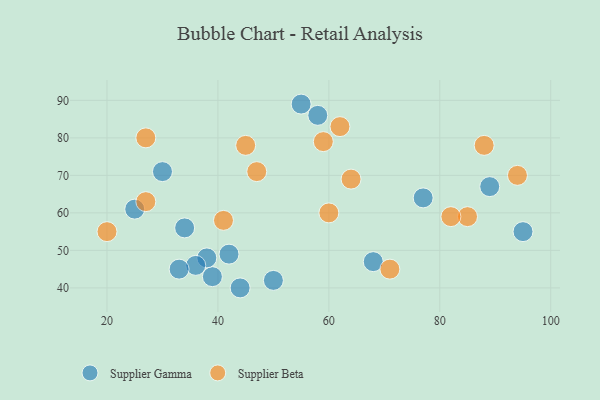
{"axis": {"x": "GDP", "y": "Life Expectancy"}, "legend": ["Supplier Beta", "Supplier Gamma"], "data": [{"x": "39", "y": 43, "type": "Supplier Gamma"}, {"x": "89", "y": 67, "type": "Supplier Gamma"}, {"x": "38", "y": 48, "type": "Supplier Gamma"}, {"x": "55", "y": 89, "type": "Supplier Gamma"}, {"x": "44", "y": 40, "type": "Supplier Gamma"}, {"x": "95", "y": 55, "type": "Supplier Gamma"}, {"x": "34", "y": 56, "type": "Supplier Gamma"}, {"x": "68", "y": 47, "type": "Supplier Gamma"}, {"x": "42", "y": 49, "type": "Supplier Gamma"}, {"x": "30", "y": 71, "type": "Supplier Gamma"}, {"x": "36", "y": 46, "type": "Supplier Gamma"}, {"x": "50", "y": 42, "type": "Supplier Gamma"}, {"x": "77", "y": 64, "type": "Supplier Gamma"}, {"x": "25", "y": 61, "type": "Supplier Gamma"}, {"x": "58", "y": 86, "type": "Supplier Gamma"}, {"x": "33", "y": 45, "type": "Supplier Gamma"}, {"x": "85", "y": 59, "type": "Supplier Beta"}, {"x": "27", "y": 80, "type": "Supplier Beta"}, {"x": "27", "y": 63, "type": "Supplier Beta"}, {"x": "62", "y": 83, "type": "Supplier Beta"}, {"x": "41", "y": 58, "type": "Supplier Beta"}, {"x": "82", "y": 59, "type": "Supplier Beta"}, {"x": "94", "y": 70, "type": "Supplier Beta"}, {"x": "60", "y": 60, "type": "Supplier Beta"}, {"x": "71", "y": 45, "type": "Supplier Beta"}, {"x": "20", "y": 55, "type": "Supplier Beta"}, {"x": "45", "y": 78, "type": "Supplier Beta"}, {"x": "59", "y": 79, "type": "Supplier Beta"}, {"x": "88", "y": 78, "type": "Supplier Beta"}, {"x": "64", "y": 69, "type": "Supplier Beta"}, {"x": "47", "y": 71, "type": "Supplier Beta"}]}